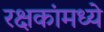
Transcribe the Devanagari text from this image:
रक्षकांमध्ये